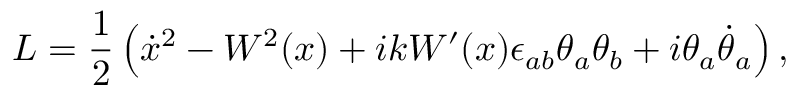
L = \frac { 1 } { 2 } \left( \dot { x } { } ^ { 2 } - W ^ { 2 } ( x ) + i k W ^ { \prime } ( x ) \epsilon _ { a b } \theta _ { a } \theta _ { b } + i \theta _ { a } \dot { \theta } _ { a } \right) ,